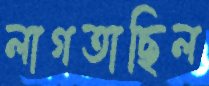
লাগতাছিল